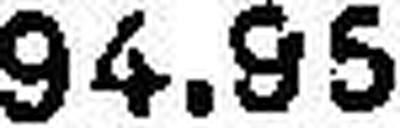
94.95